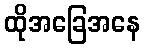
ထိုအခြေအနေ